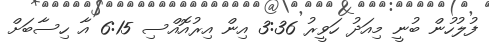
ފުލުހުން ބުނީ މިއަދު ހަވީރު 3:36 އިން އިރުއޮއްސި 6:15 އާ ހިސާބަށް